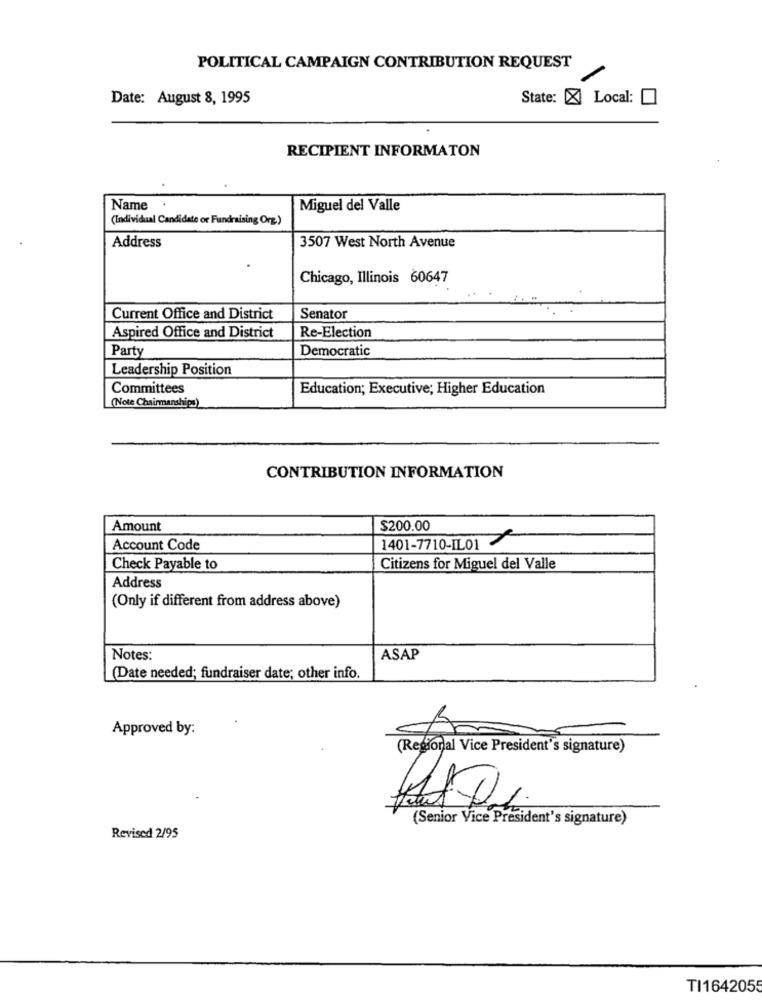
POLITICAL CAMPAIGN CONTRIBUTION REQUEST
Date: August 8, 1995
State: X Local:
RECIPIENT INFORMATON
Name
Miguel del Valle
(Individual Candidate or Fundraising Org)
Address
3507 West North Avenue
Chicago, Illinois 60647
Current Office and District
Senator
Aspired Office and District
Re-Election
Party
Democratic
Leadership Position
Committees
Education; Executive; Higher Education
(Note Chairmanships)
CONTRIBUTION INFORMATION
Amount
$200.00
Account Code
1401-7710-IL01
Check Payable to
Citizens for Miguel del Valle
Address
(Only if different from address above)
Notes:
ASAP
(Date needed; fundraiser date; other info.
Approved by:
(Senior Vice President's signature)
Revised 2/95
TI1642055